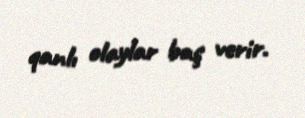
qanlı olaylar baş verir.